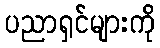
ပညာရှင်များကို